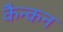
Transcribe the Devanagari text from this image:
कैन्कन